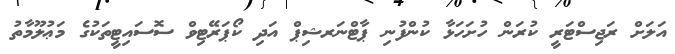
އަލަށް ރަޖިސްޓަރީ ކުރަން ހުށަހަޅާ ކުންފުނި ޕާޓްނަރޝިޕް އަދި ކޯޕަރޭޓިވް ސޮސައިޓީތަކުގެ މަޢުލޫމާތު